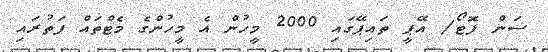
ސަން ފޮޓޯ/ އޭޕީ ތައިޕޭގައި 2000 މީހުން އެ މީހުންގެ މެޓްތައް ފަތުރައި